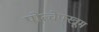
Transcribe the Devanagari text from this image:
पोत्चेफ्स्त्रूम